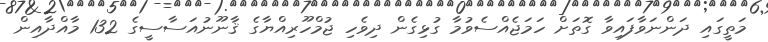
މަތީގައި ދަންނަވާފައިވާ ގޮތަށް ހަމަޖެއްސެވުމާ ގުޅިގެން ދިވެހި ޖުމްހޫރިއްޔާގެ ޤާނޫނުއަސާސީގެ 132 މާއްދާއިން